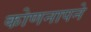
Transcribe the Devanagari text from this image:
कोणनापने